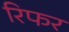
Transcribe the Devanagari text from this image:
रिफर